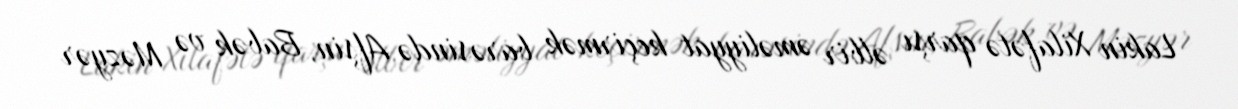
Lakin Xilafətə qarşı əlbir əməliyyat keçirmək barəsində Afşin, Babək və Məzyər